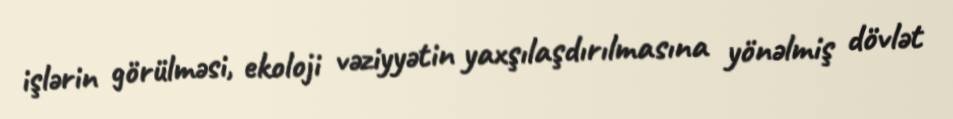
işlərin görülməsi, ekoloji vəziyyətin yaxşılaşdırılmasına yönəlmiş dövlət